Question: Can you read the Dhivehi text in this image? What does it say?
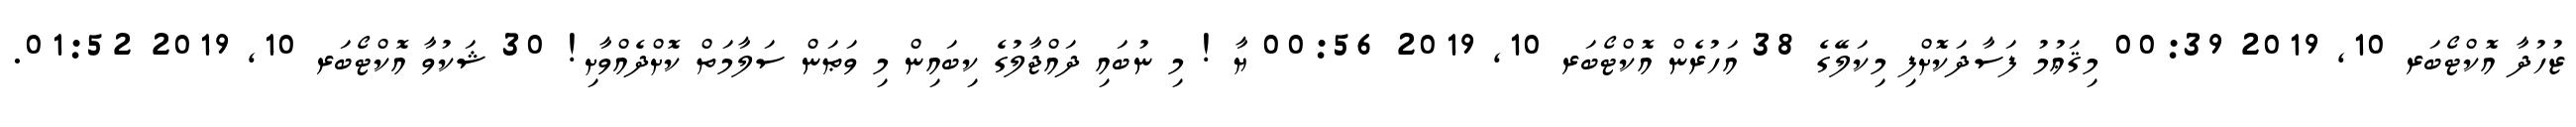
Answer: ޒުހުދާ އޮކްޓޯބަރ 10, 2019 00:39 މިޤަޢުމު ފަސާދަކޮށްފި މިކަލޭގެ 38 އަހުރެން އޮކްޓޯބަރ 10, 2019 00:56 ޔާ ! މި ނުބައި ދައްޖާލުގެ ކިބައިން މި ވަޠަން ސަލާމަތް ކޮށްދެއްވާށި! 30 ޝަކުވާ އޮކްޓޯބަރ 10, 2019 01:52.